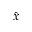
\hat { x }